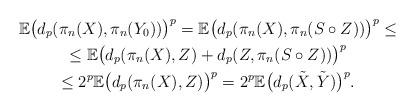
LaTeX: \begin{align*}\begin{gathered}\mathbb{E} \big( d_p(\pi_n(X) , \pi_n(Y_0))\big)^p = \mathbb{E} \big( d_p(\pi_n(X) , \pi_n(S \circ Z) ) \big)^p \leq \\ \leq \mathbb{E} \big(d_p(\pi_n(X) , Z) + d_p(Z ,\pi_n(S \circ Z))\big)^p \\ \leq 2^p\mathbb{E}\big( d_p(\pi_n(X), Z)\big)^p = 2^p\mathbb{E}\big( d_p(\tilde{X} , \tilde{Y})\big)^p.\end{gathered}\end{align*}